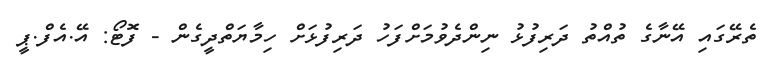
ތެރޭގައި އޭނާގެ ތުއްތު ދަރިފުޅު ނިންދެވުމަށްފަހު ދަރިފުޅަށް ހިމާޔަތްދީގެން - ފޮޓޯ: އޭ.އެފް.ޕީ